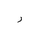
Letter: _ra